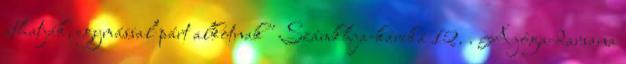
áthatják, egymással párt alkotnak" Számkhja-káriká 12. . A jóga-darsana